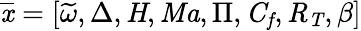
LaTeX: \mathit{\overline{{x}}}=[\widetilde{\omega},\Delta,\mathit{H},\mathit{Ma},\Pi,\mathit{C_{f}},\mathit{R_{T}},\beta]